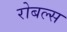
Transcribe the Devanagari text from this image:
रोबल्स